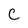
Character: C